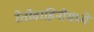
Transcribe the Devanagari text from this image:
रेतोवाहिनीमध्ये